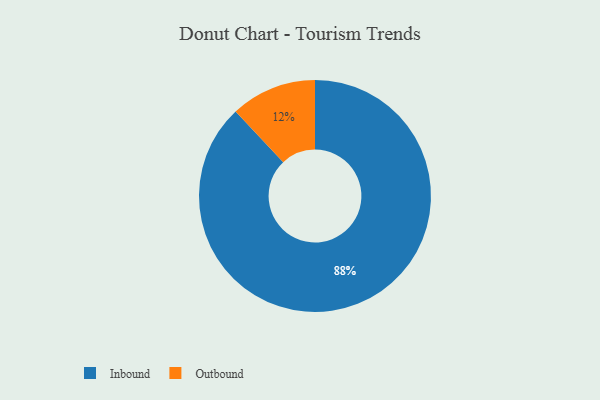
{"axis": {"x": "Category", "y": "Percentage"}, "legend": ["Inbound", "Outbound"], "data": [{"x": "Inbound", "y": 88, "type": "Inbound"}, {"x": "Outbound", "y": 12, "type": "Outbound"}]}